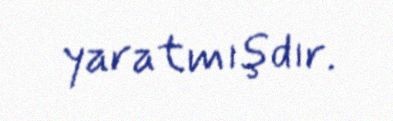
yaratmışdır.